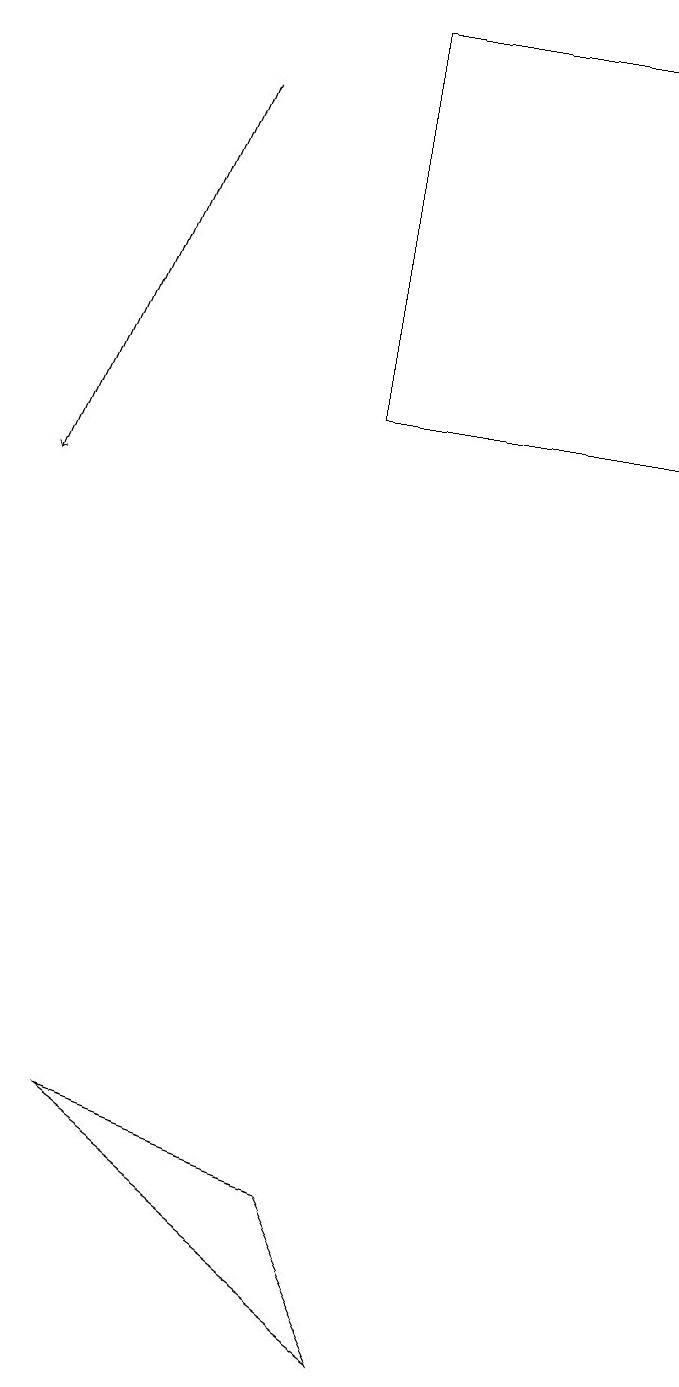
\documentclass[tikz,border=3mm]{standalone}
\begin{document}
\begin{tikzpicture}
\draw (2,5) -- (6,2) -- (5,4) -- cycle;
\draw (9,19) rectangle (5,14);
\draw[->] (3,18) -- (1,13);
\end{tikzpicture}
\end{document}